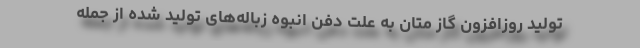
تولید روزافزون گاز متان به علت دفن انبوه زباله‌های تولید شده از جمله